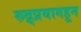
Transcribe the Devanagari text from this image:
रुद्र्प्रयागहून